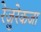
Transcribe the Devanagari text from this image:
रेज़ुरेकजा